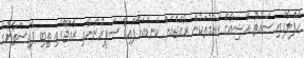
ހަފްލާގައި ސައުތު އޭޝިއާގެ ގައުމުތަކުން ރާއްޖެއަށް ކަނޑައަޅާފައިވާ ސަފީރުންނާއި ރާއްޖޭގައި ތިބި ޕާކިސްތާނުގެ